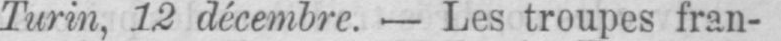
Turin, 12 décembre. - Les troupes fran-